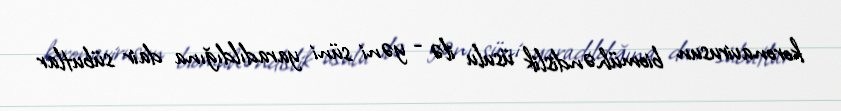
koronavirusun biomühəndislik üsulu ilə - yəni süni yaradıldığına dair sübutlar